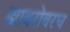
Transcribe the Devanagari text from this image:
ह्याबरोबरच